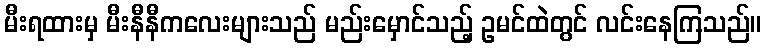
မီးရထားမှ မီးနီနီကလေးများသည် မည်းမှောင်သည့် ဥမင်ထဲတွင် လင်းနေကြသည်။